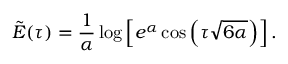
\tilde { E } ( \tau ) = \frac { 1 } { \alpha } \log \left[ e ^ { \alpha } \cos \left( \tau \sqrt { 6 \alpha } \right) \right] .